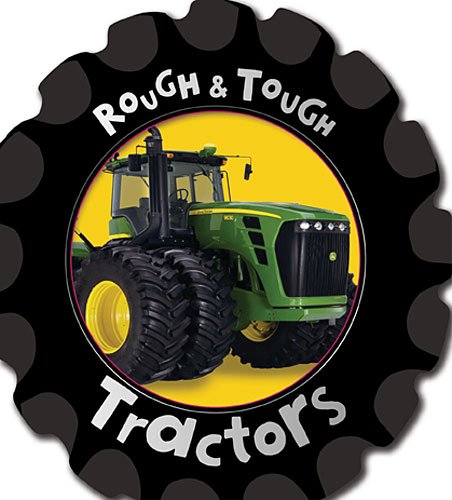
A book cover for Tractors (Rough and Tough); Fiona Boon; Children's Books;